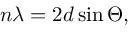
n \lambda = 2 d \sin \Theta ,